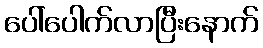
ပေါ်ပေါက်လာပြီးနောက်